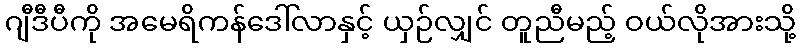
ဂျီဒီပီကို အမေရိကန်ဒေါ်လာနှင့် ယှဉ်လျှင် တူညီမည့် ဝယ်လိုအားသို့